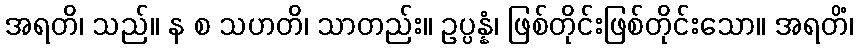
အရတိ၊ သည်။ န စ သဟတိ၊ သာတည်း။ ဥပ္ပန္နံ၊ ဖြစ်တိုင်းဖြစ်တိုင်းသော။ အရတိံ၊